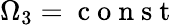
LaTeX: \Omega_{3}=\mathrm{~c~o~n~s~t~}